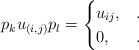
LaTeX: \begin{align*} p_k u_{(i,j)} p_l = \begin{cases} u_{ij}, & .\\ 0, & . \end{cases}\end{align*}